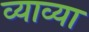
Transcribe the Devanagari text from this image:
व्याव्या